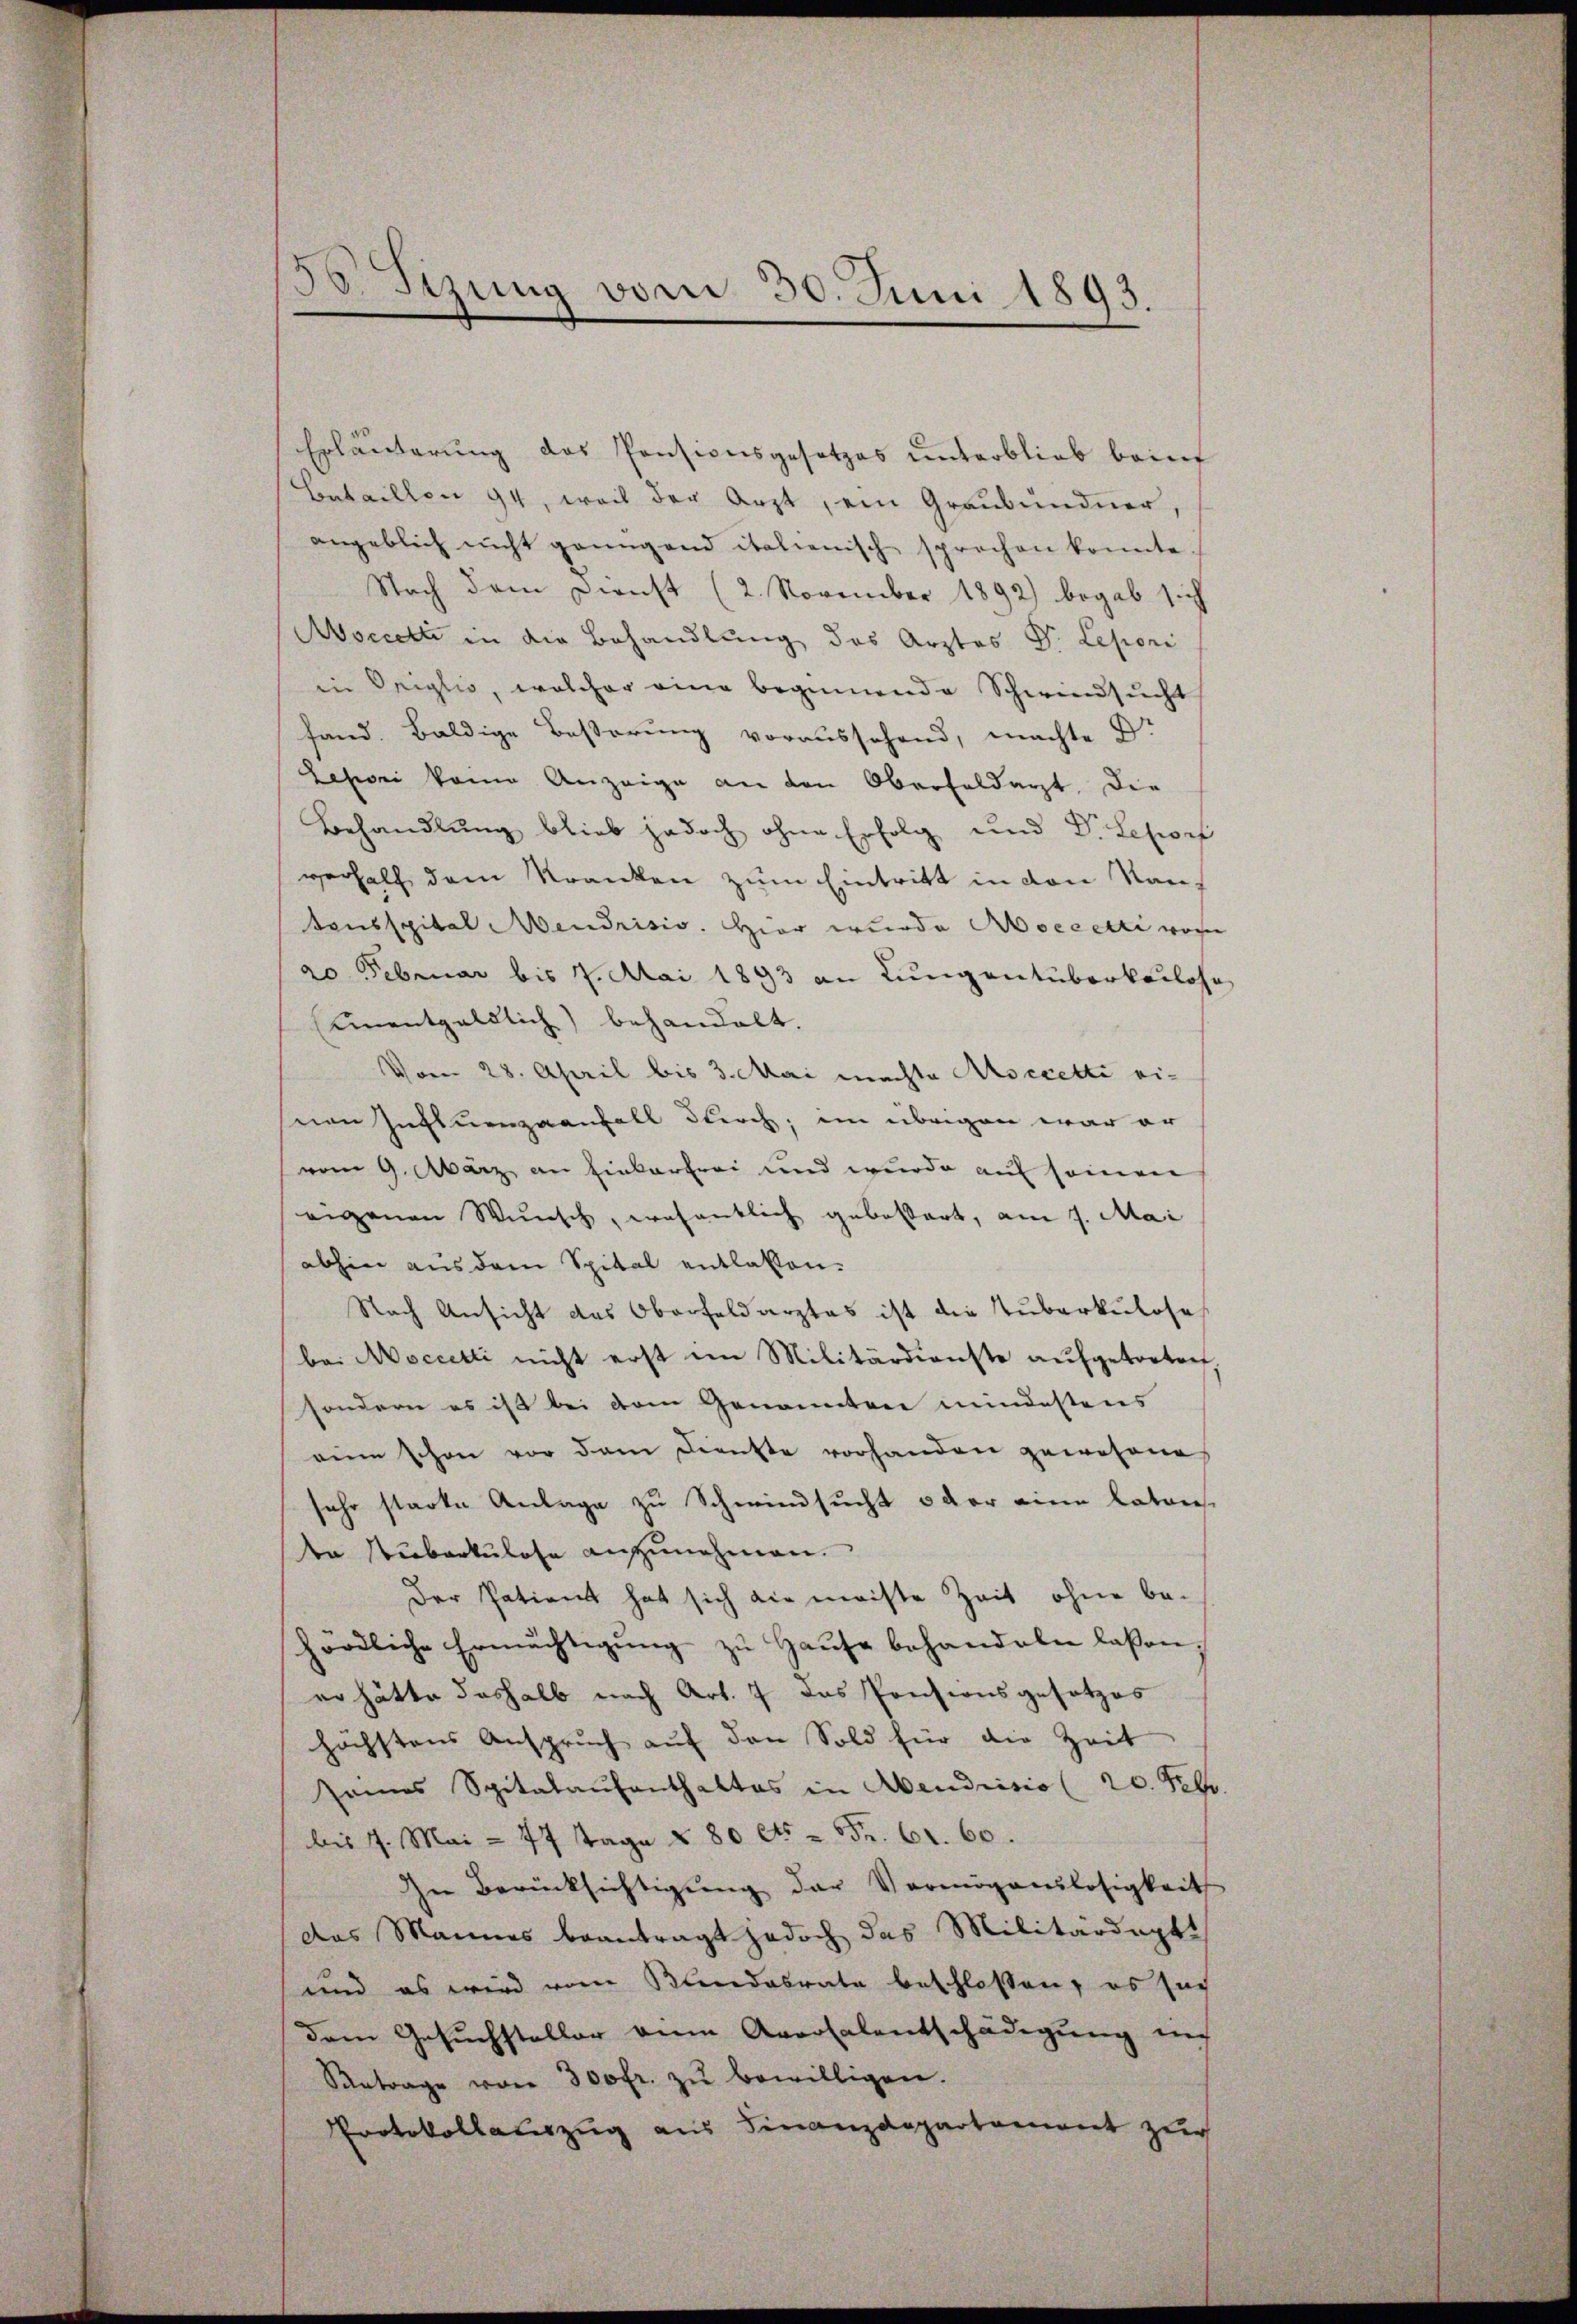
30. Sizung vom 30. Juni 1893.

Erläuterung des Pensionsgesetzes unterblieb beint
Bataillen 94, weil der Arzt, ein Graubündner,
angeblich nicht geingend italienisch sprochen konnte.
Nach dem Dienst (2. November 1892) begab sich
Moccette in die Behandlung des Arztes Dr. Lepori
in Origlio, welcher eine beginnende Schwindsucht
fand. Baldige Beßerung voraussehend, machte Dr
Jesii keine Anzeige an den Oberfoldagt, die
Behandlung blieb jedoch ohne Erfolg und Dr. Lehrf
verhalt dem Kranken zum Eintritt in den Nantonsspital Mendrisis. Hier wurde Aoccetti von
20 Februar bis 7. Mai 1893 an Lungentuberkailoso
unentgeldlich behandelt.
vorn 28. April bis 3. Mai machte Asccetti ei-
nen Influenzaanfall durch, im übrigen war er
vom 9. März an Einkarfrei und wurde auf seinen
eigenen Wunsch, wesentlich gebottert, am 7. Mai
abhin aus dem Spital entlaßen.
Nach Ansicht des Oberfeldarztes ist die Tuberkuloses
bei Noccetti nicht erst im Militärdienste aufgetreten
sondern es ist bei dem Genannten mindestens
eine schon vor dem Dienste vorhanden gewesene
sehr starke Anlage zu Schwindsucht oder eine latans
da Stuberkulose anzunehmen.
Der Patient hat sich die meiste Zeit ohne behördliche Ermächtigŭng zŭ Haŭse behandeln laßen.
er hätte deshalb nach Art. 7 das Pensionsgesetzes
höchstens Anspruch auf den Sold für die Zeit
sames Spitalaufenthaltes in Abendrisio (20. Febr.
bis 7. Mai = 77 Tage u. 80 Cts = Fr. 61. 60.
In Berücksichtigung der Vermögenslosigkeit
das Mannes beantragt jedoch das Militärdeptt
und es wird vom Bundesrate beschlossen, es sich
dem Gesuchsteller zum Aversalentschädigung in
Santrage von 300 fr. zŭ bewilligen.
Protokollauszug aus Finanzdepartement zur